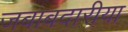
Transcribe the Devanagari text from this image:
जबाबदारीया